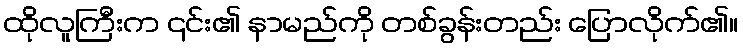
ထိုလူကြီးက ၎င်း၏ နာမည်ကို တစ်ခွန်းတည်း ပြောလိုက်၏။